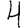
Digit: 4